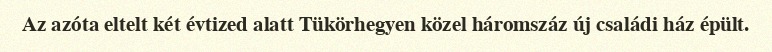
Az azóta eltelt két évtized alatt Tükörhegyen közel háromszáz új családi ház épült.